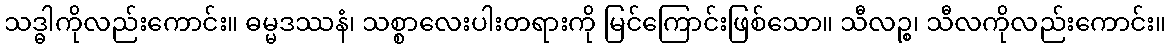
သဒ္ဓါကိုလည်းကောင်း။ ဓမ္မဒဿနံ၊ သစ္စာလေးပါးတရားကို မြင်ကြောင်းဖြစ်သော။ သီလဉ္စ၊ သီလကိုလည်းကောင်း။